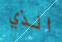
الذي